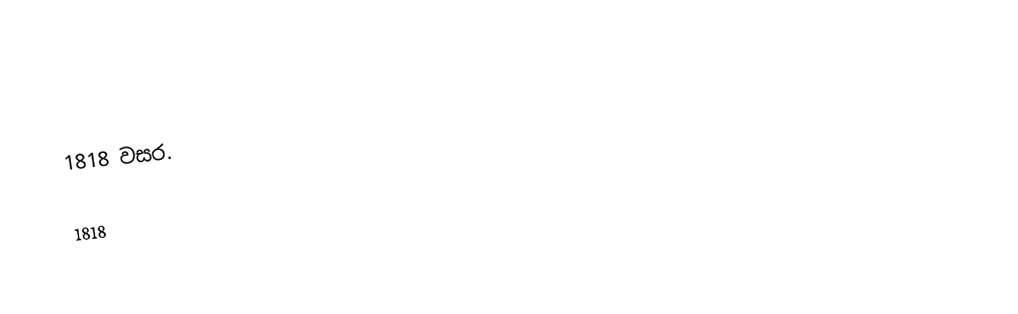
1818 වසර.

1818